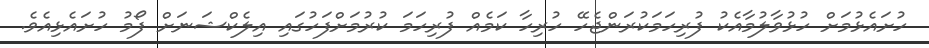
ހުށައެޅުމަށް ހުޅުވާލުމާއެކު ފުރިހަމަކުރަންޖެހޭ ހުރިހާ ކަމެއް ފުރިހަމަ ކުރުމަށްފަހުގައި އިލެކްޝަނަށް ފޯމު ހުށައެޅިއެވެ.